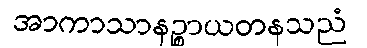
အာကာသာနဉ္စာယတနသညံ